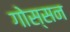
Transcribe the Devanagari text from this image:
गोस्सन